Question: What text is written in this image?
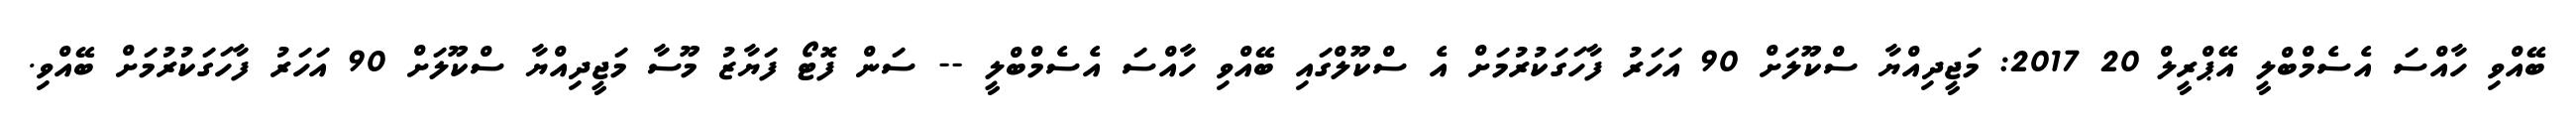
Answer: ބޭއްވި ހާއްސަ އެސެމްބްލީ އޭޕްރީލް 20 2017: މަޖީދިއްޔާ ސްކޫލަށް 90 އަހަރު ފާހަގަކުރުމަށް އެ ސްކޫލްގައި ބޭއްވި ހާއްސަ އެސެމްބްލީ -- ސަން ފޮޓޯ ފަޔާޒު މޫސާ މަޖީދިއްޔާ ސްކޫލަށް 90 އަހަރު ފާހަގަކުރުމަށް ބޭއްވި.